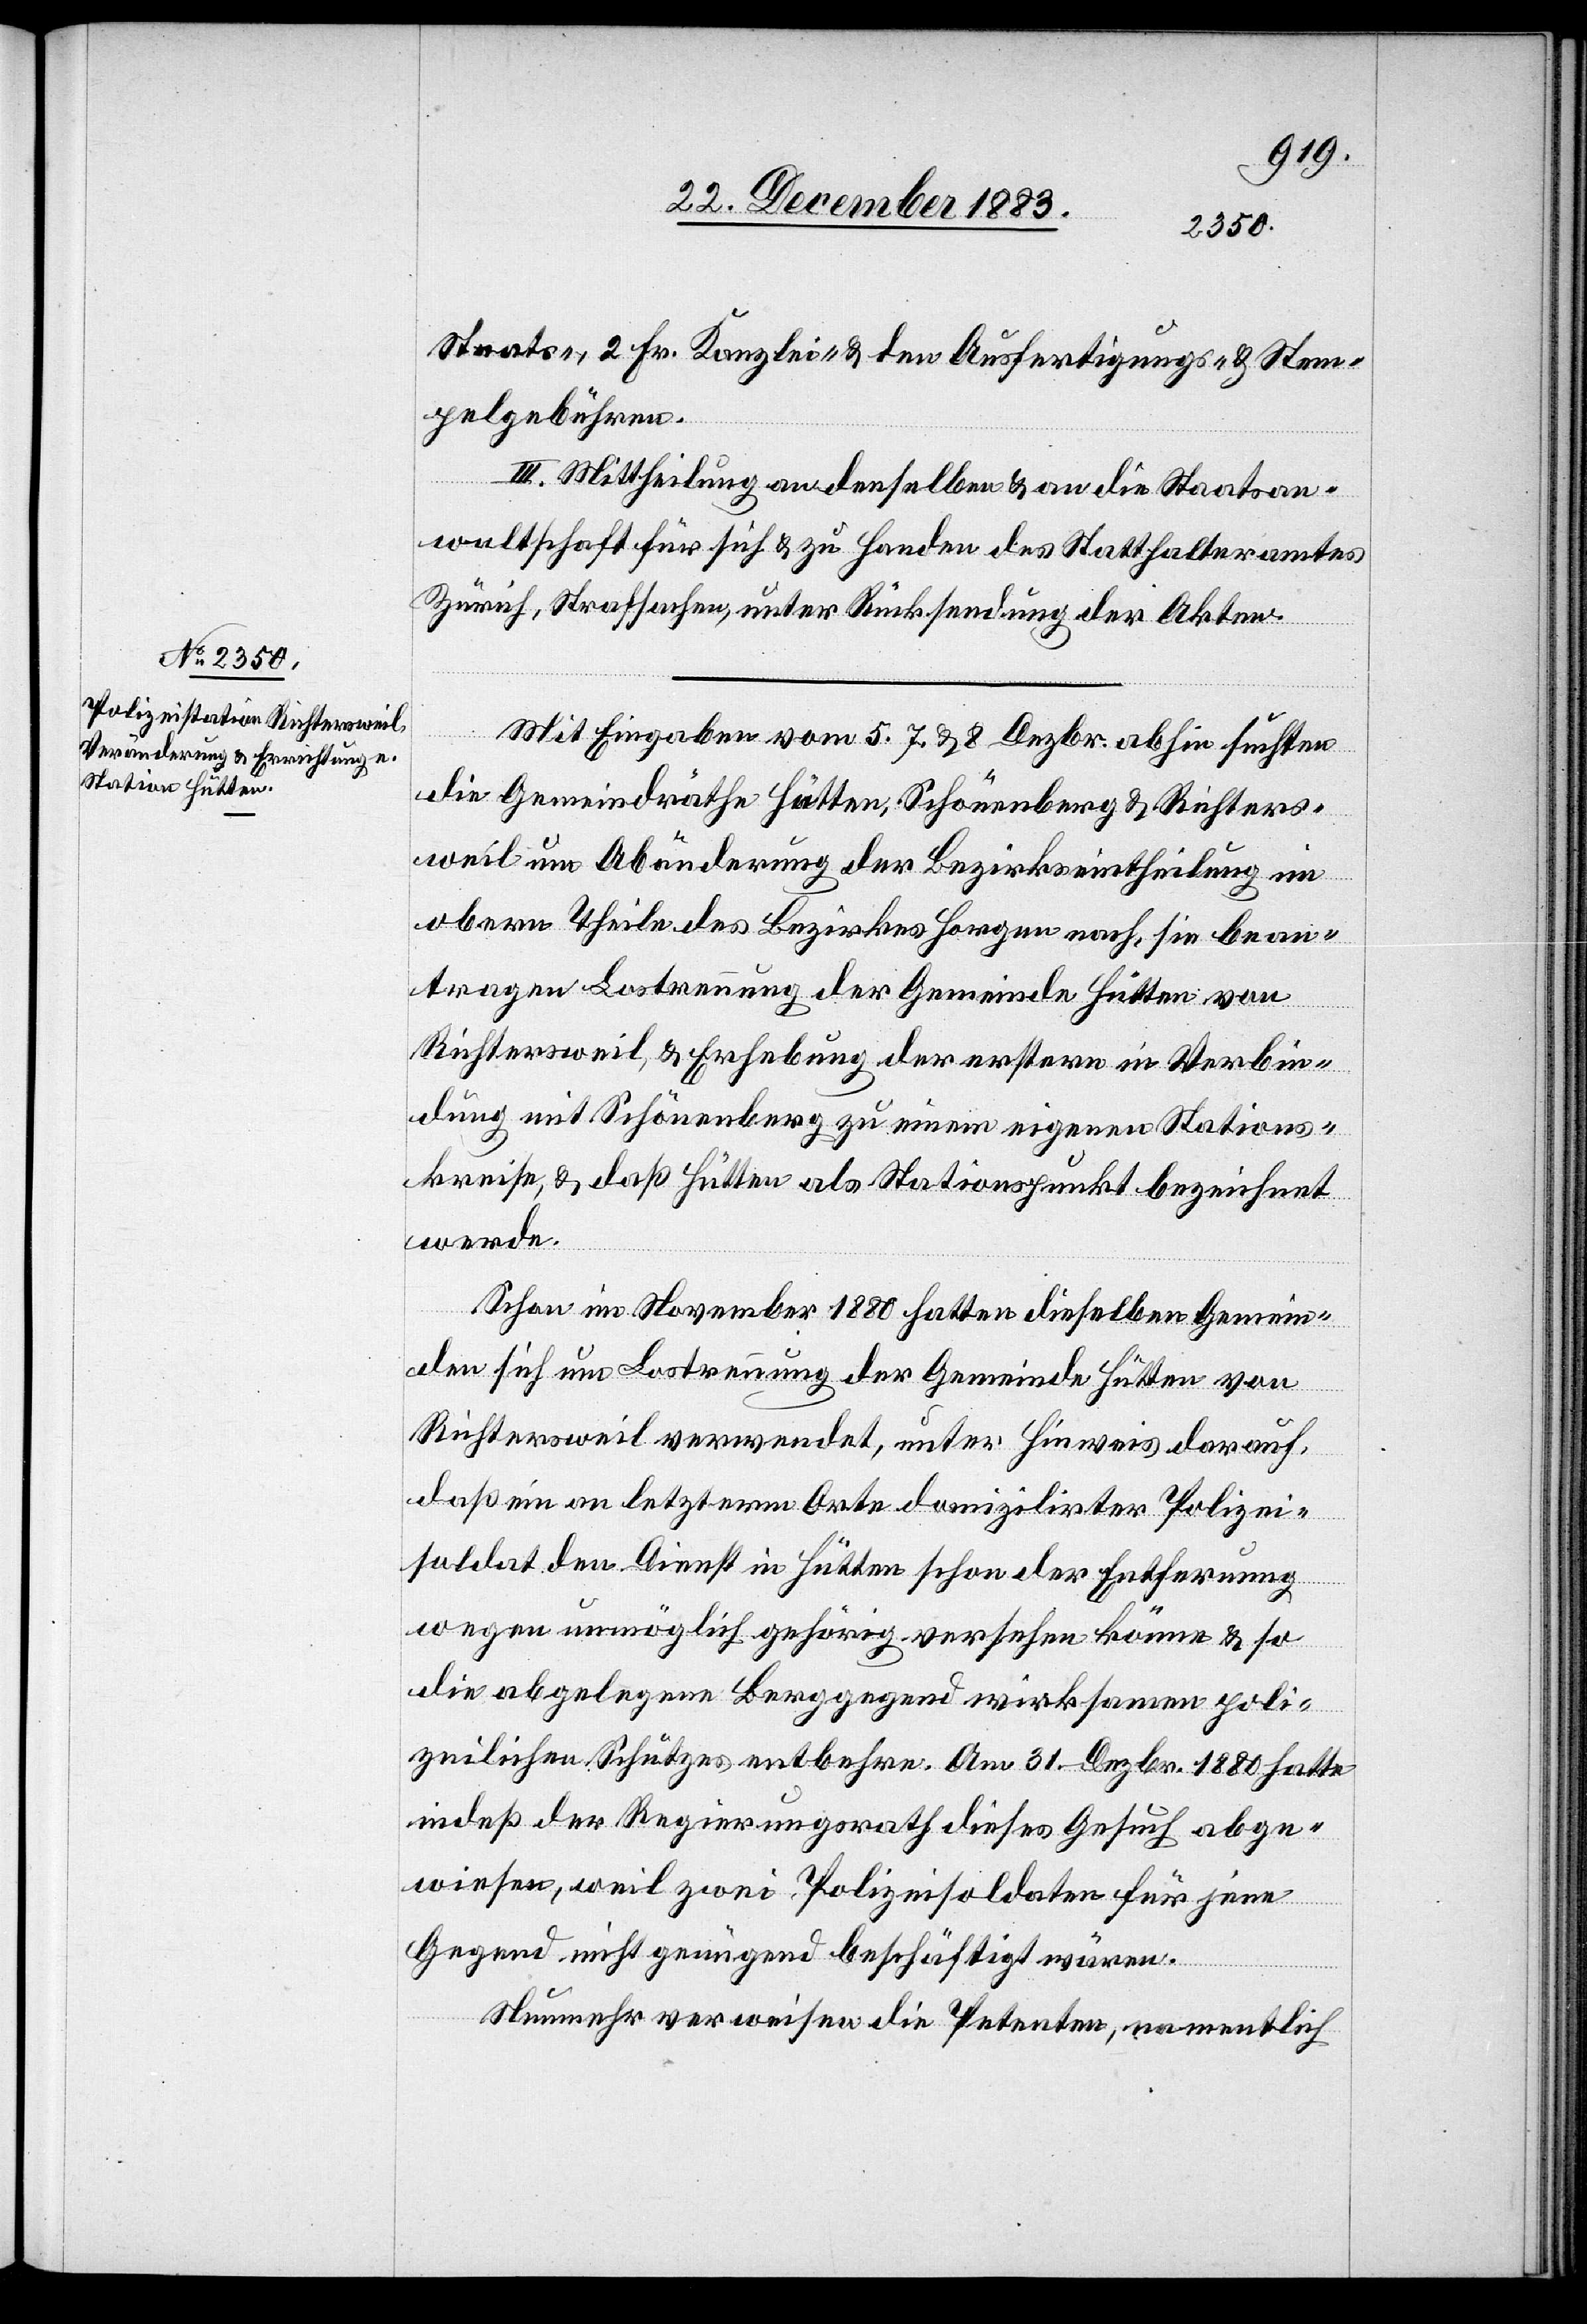
Staats-, 2 Fr. Kanzlei- & den Ausfertigungs- & Stem¬
pelgebühren.
III. Mittheilung an denselben & an die Staatsan¬
waltschaft für sich & zu Handen des Statthalteramtes
Zürich, Strafsachen, unter Rücksendung der Akten.
Mit Eingabe vom 5.[,] 7 & 8 Dezbr. abhin suchten
die Gemeindräthe Hütten, Schönenberg & Richters¬
weil um Abänderung der Bezirkseintheilung im
obern Theile des Bezirkes Horgen nach, sie bean¬
tragen Lostrennung der Gemeinde Hütten von
Richtersweil, & Erhebung der erstern in Verbin¬
dung mit Schönenberg zu einem eigenen Stations¬
kreise, & daß Hütten als Stationspunkt bezeichnet
werde.
Schon im November 1880 hatten dieselben Gemein¬
den sich um Lostrennung der Gemeinde Hütten von
Richtersweil verwendet, unter Hinweis darauf,
daß ein an letzterm Orte domizilirter Polizei¬
soldat den Dienst in Hütten schon der Entfernung
wegen unmöglich gehörig versehen könne & so
die abgelegene Berggegend wirksamen poli¬
zeilichen Schutzes entbehre. Am 31. Dezbr. 1880 hatte
indeß der Regierungsrath dieses Gesuch abge¬
wiesen, weil zwei Polizeisoldaten für jene
Gegend nicht genügend beschäftigt wären.
Nunmehr verweisen die Petenten, namentlich